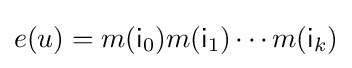
e(u)=m({\mathsf {i}}_{0})m({\mathsf {i}}_{1})\cdots m({\mathsf {i}}_{k})